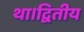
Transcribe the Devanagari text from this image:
था।द्वितीय